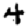
Digit: 4